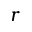
r